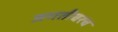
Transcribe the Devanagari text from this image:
जगतीवरच